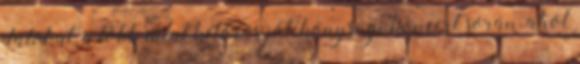
dalokat, a több mint kétórás jótékonysági koncert során, ahol